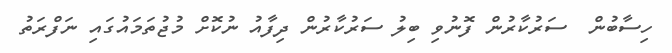
ހިސާބުން  ސަރުކާރުން ފޮނުވި ބިލު ސަރުކާރުން ދިފާއު ނުކޮށް މުޖުތަމައުގައި ނަފްރަތު